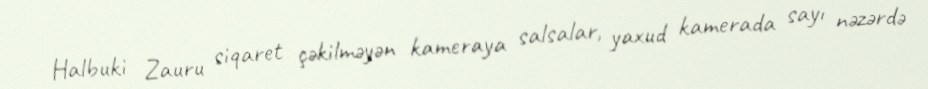
Halbuki Zauru siqaret çəkilməyən kameraya salsalar, yaxud kamerada sayı nəzərdə